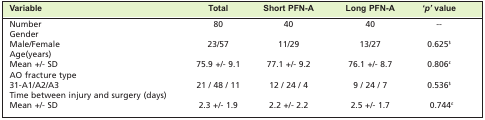
<table><thead><tr><td><b>Variable</b></td><td><b>Total</b></td><td><b>Short PFN-A</b></td><td><b>Long PFN-A</b></td><td><b><i>‘p’</i> value</b></td></tr></thead><tbody><tr><td>Number</td><td>80</td><td>40</td><td>40</td><td>–</td></tr><tr><td>Gender</td><td> </td><td> </td><td> </td><td> </td></tr><tr><td>Male/Female</td><td>23/57</td><td>11/29</td><td>13/27</td><td>0.625<sup>$</sup></td></tr><tr><td>Age(years)</td><td> </td><td> </td><td> </td><td> </td></tr><tr><td>Mean +/− SD</td><td>75.9 +/− 9.1</td><td>77.1 +/− 9.2</td><td>76.1 +/− 8.7</td><td>0.806<sup>£</sup></td></tr><tr><td>AO fracture type</td><td> </td><td> </td><td> </td><td> </td></tr><tr><td>31-A1/A2/A3</td><td>21 / 48 / 11</td><td>12 / 24 / 4</td><td>9 / 24 / 7</td><td>0.536<sup>$</sup></td></tr><tr><td>Time between injury and surgery (days)</td><td> </td><td> </td><td> </td><td> </td></tr><tr><td>Mean +/− SD</td><td>2.3 +/− 1.9</td><td>2.2 +/− 2.2</td><td>2.5 +/− 1.7</td><td>0.744<sup>£</sup></td></tr></tbody></table>